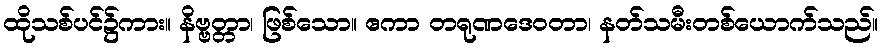
ထိုသစ်ပင်၌ကား။ နိဗ္ဗတ္တာ၊ ဖြစ်သော။ ဧကာ တရုဏဒေဝတာ၊ နတ်သမီးတစ်ယောက်သည်။